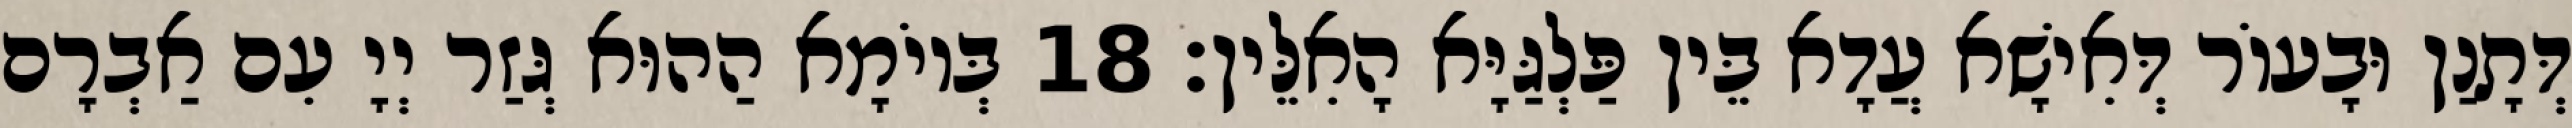
דְּתָנַן וּבָעוֹר דְּאִישָׁא עֲדָא בֵּין פַּלְגַּיָּא הָאִלֵּין׃ 18 בְּיוֹמָא הַהוּא גְּזַר יְיָ עִם אַבְרָם